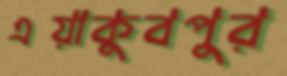
এয়াকুবপুর